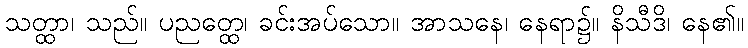
သတ္ထာ၊ သည်။ ပညတ္ထေ၊ ခင်းအပ်သော။ အာသနေ၊ နေရာ၌။ နိသီဒိ၊ နေ၏။